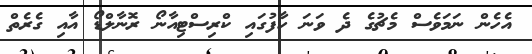
އެހެން ނަމަވެސް މެޗުގެ ދެ ވަނަ ހާފުގައި ކްރިސްޓިއާނޯ ރޮނާލްޑޯ އާއި ގެރެތް